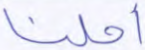
أحلنا